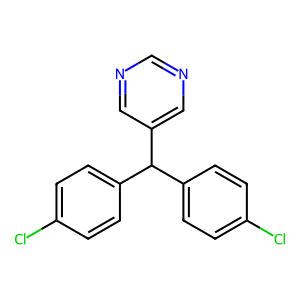
SMILES: Clc1ccc(C(c2ccc(Cl)cc2)c2cncnc2)cc1
Inhibits HIV replication: No